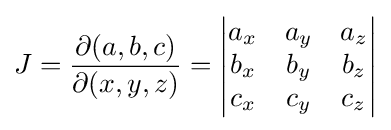
J={\frac {\partial (a,b,c)}{\partial (x,y,z)}}={\begin{aligned}{\begin{vmatrix}a_{x}&a_{y}&a_{z}\\b_{x}&b_{y}&b_{z}\\c_{x}&c_{y}&c_{z}\end{vmatrix}}\end{aligned}}